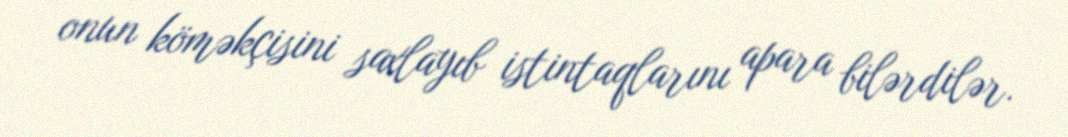
onun köməkçisini saxlayıb istintaqlarını apara bilərdilər.